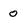
Character: 0